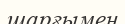
шарғымен